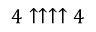
4 \uparrow \uparrow \uparrow \uparrow 4